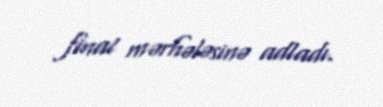
final mərhələsinə adladı.